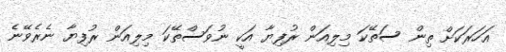
އަހަރަކަށް ތިން ސަތޭކަ މިލިއަން ރުފިޔާ އަކީ ނުވަސްތޭކަ މިލިއަން ރުފިޔާ ނެރެވޭނެ